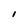
Character: I